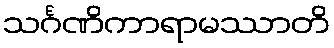
သင်္ဂဏိကာရာမဿာတိ